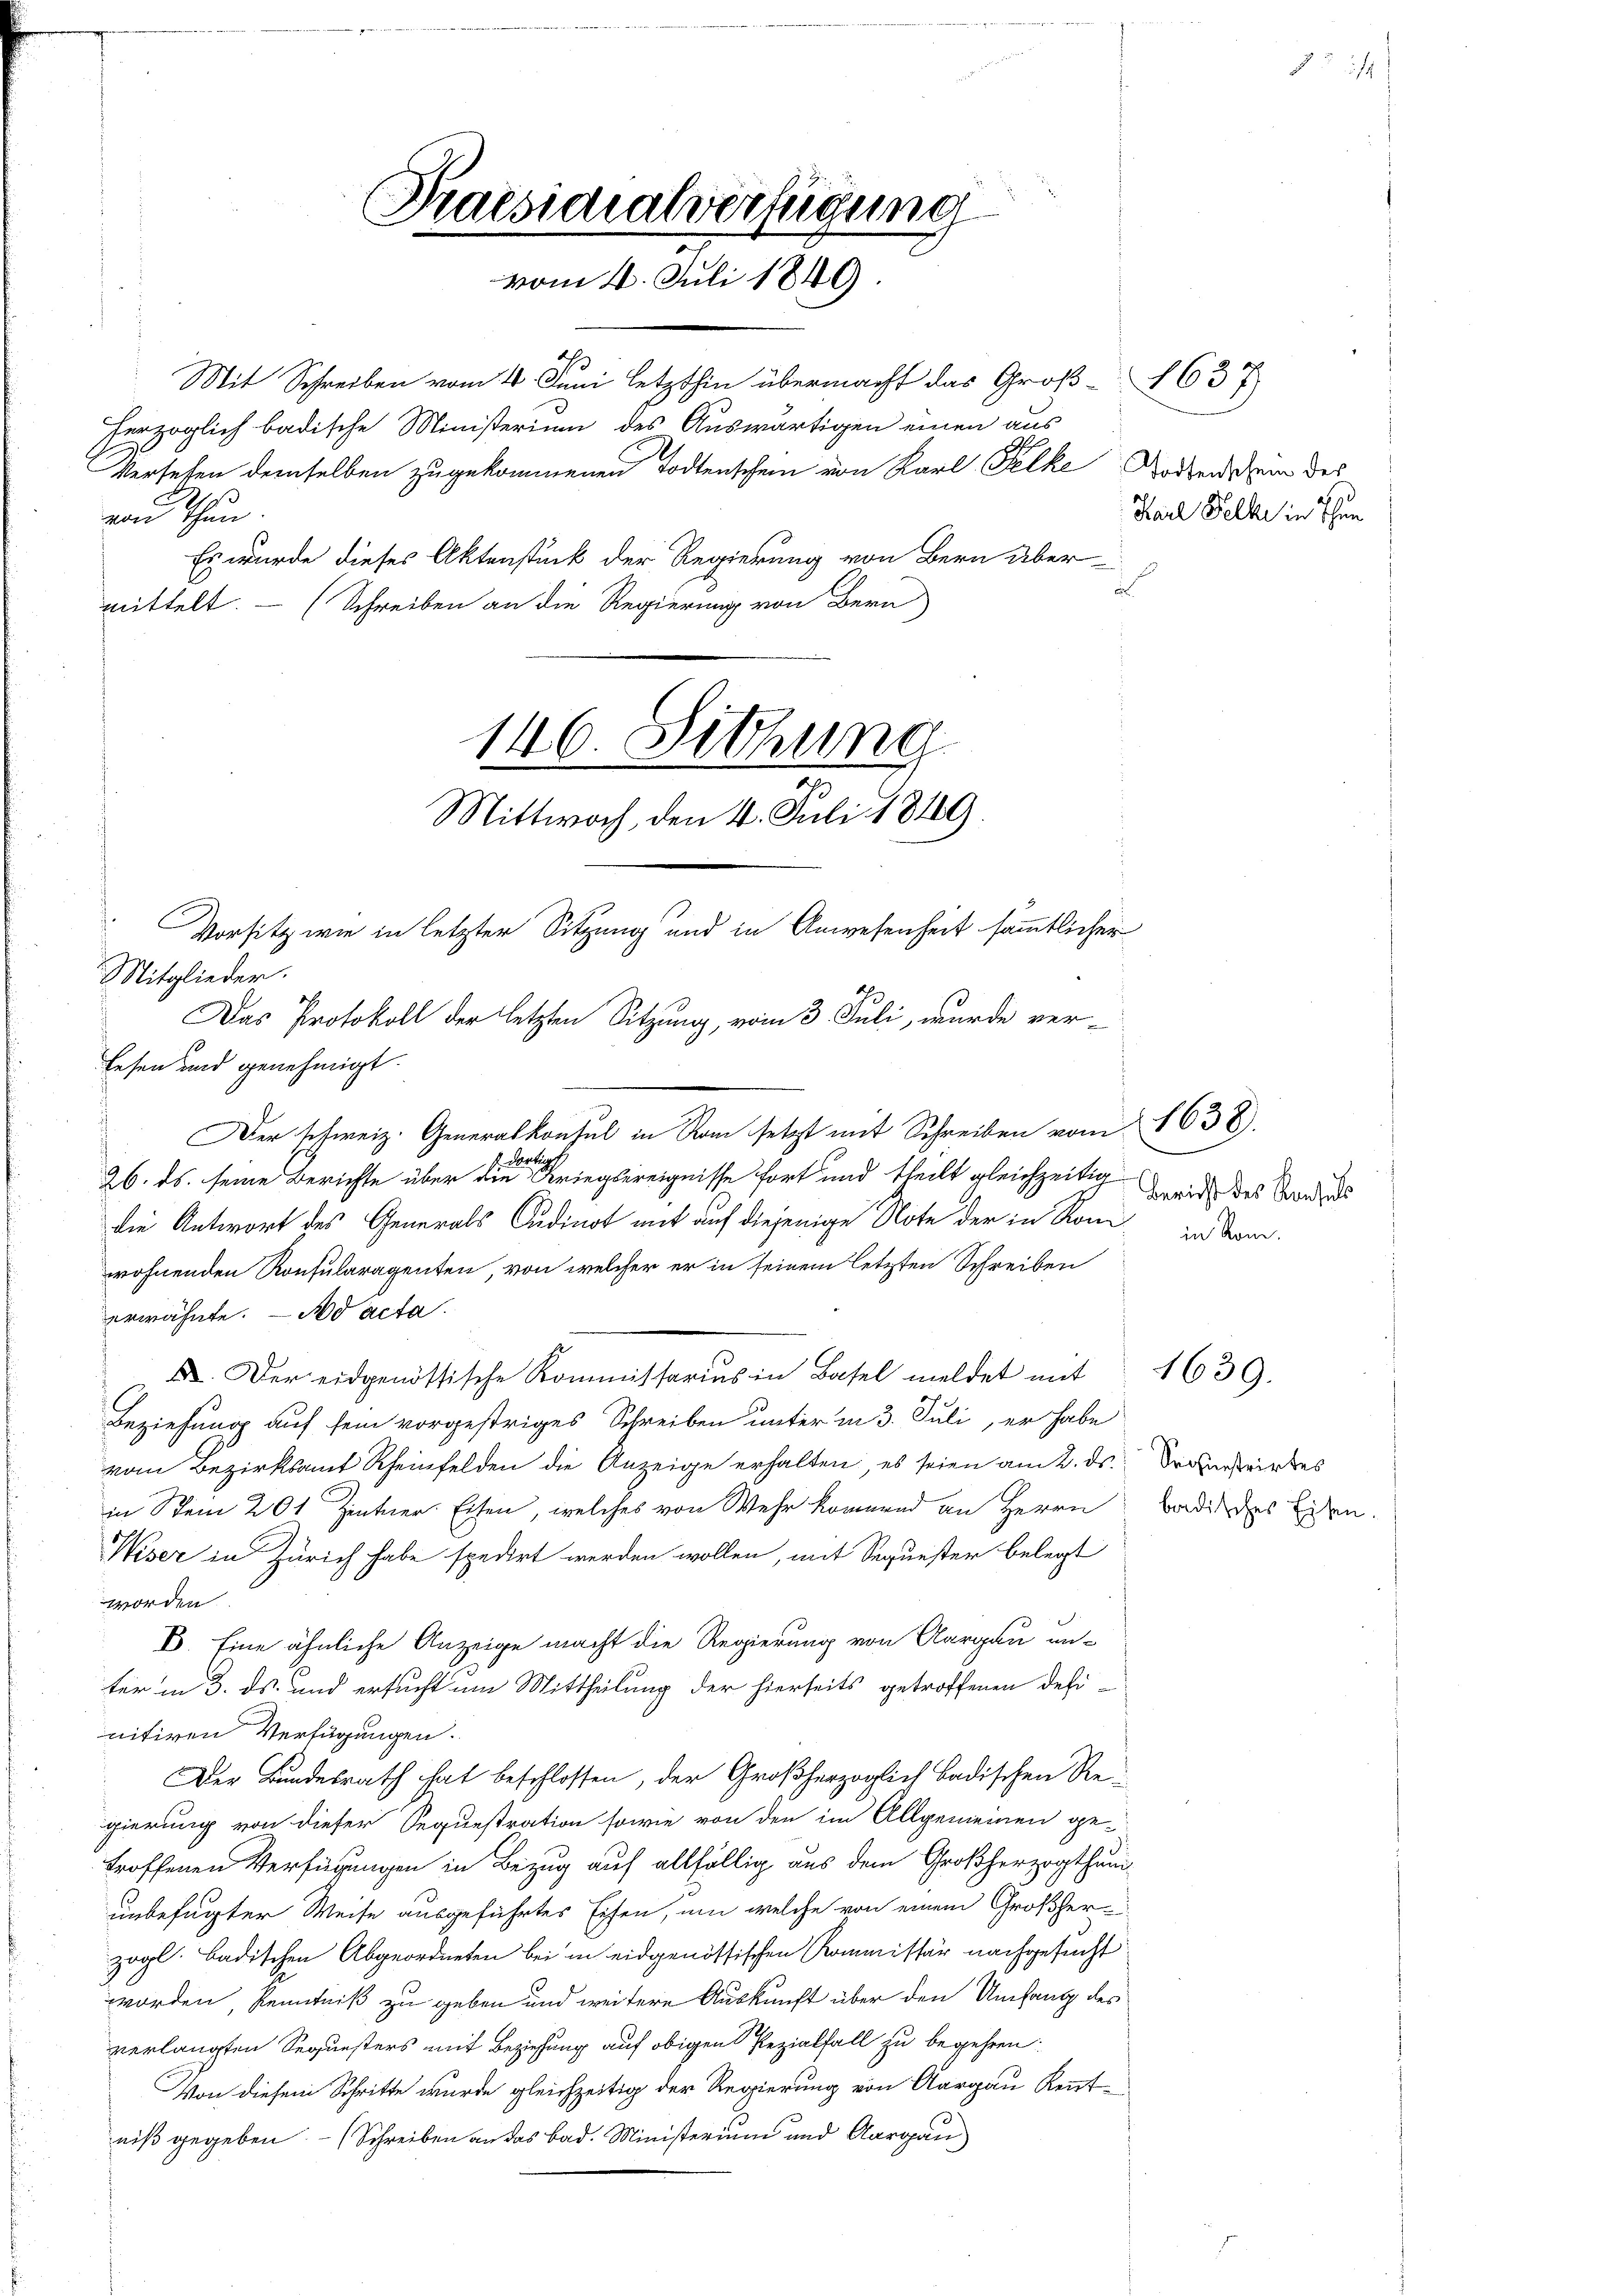
Mit Schreiben vom 4. Juni letzthin übermacht das Groß 1637
herzoglich badische Ministerium des Auswärtigen einen aus
Versehen demselben zugekommenen Todtenschein von Karl Felke Rodenschein des
von Thun.
Es wurde dieses Aktenstück der Regierung von Bern über
mittelt. - (Schreiben an die Regierung von Bern

u
146. Sitzung
Mittwoch den 4. Juli 1849.
Vorsitz wie in letzter Sitzung und in Anwesenheit sämmtlicher
MMitglieder.
Das Protokoll der letzten Sitzung, vom 3. Juli, wurde verlesen und genehmigt.

Praesidialverfügung
vom 2. Juli 1840

Der schweiz. Generalkonsul in Rom setzt mit Schreiben vom 1638.
rte
26. ds. seine Berichte über die Kriegsereignisse fort und theilt gleichzeitig wird des Sonders
die Antwort des Generals Sudinot mit auf diejenige Note der in Rom in de
wohnenden Konsularagenten, von welcher er in seinem letzten Schreiben
erwähnte. Ad acta.
X. Der eidgenössische Kommissarius in Basel meldet mit
Beziehung auf sein vorgestriges Schreiben unter in 3. Juli, er habe
vom Bezirksamt Rheinfelden die Anzeige erhalten, es seien am 2. ds.
in Stein 201 Zentner Eisen, welches von Wehr kommend an Herrn
Niser in Zürich habe spedirt werden wollen, mit Sequester belegt
worden.
6. Eine ähnliche Anzeige macht die Regierung von Aargau un-
ter in 3. ds. und ersucht um Mittheilung der hierseits getroffenen Definitiren Verfügungen.
Der Bundesrath hat beschlossen, der Großherzoglich badischen Regierung von dieser Sequestration sowie von den im Allgemeinen ge-
troffenen Verfügungen in Bezug auf allfällig aus dem Großherzogthum
unbefugter Weise ausgeführtes Eisen, um welche von einem Großherzogl. badischen Abgeordneten bei in eidgenössischen Kommissär nachgesucht
worden, Kenntniß zu geben und weitere Auskunft über den Umfang des
verlangten Sequesters mit Beziehung auf obigen Rezialfall zu begehren:
Von diesem Schritte wurde gleichzeitig der Regierung von Aargau Kenntniß gegeben (Schreiben an das Bad. Ministerium und Aargau

Karl Felle in Thun

1639.

Sequestrirtes
badisches Eisen.